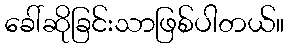
ခေါ်ဆိုခြင်းသာဖြစ်ပါတယ်။